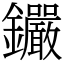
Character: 𨰫